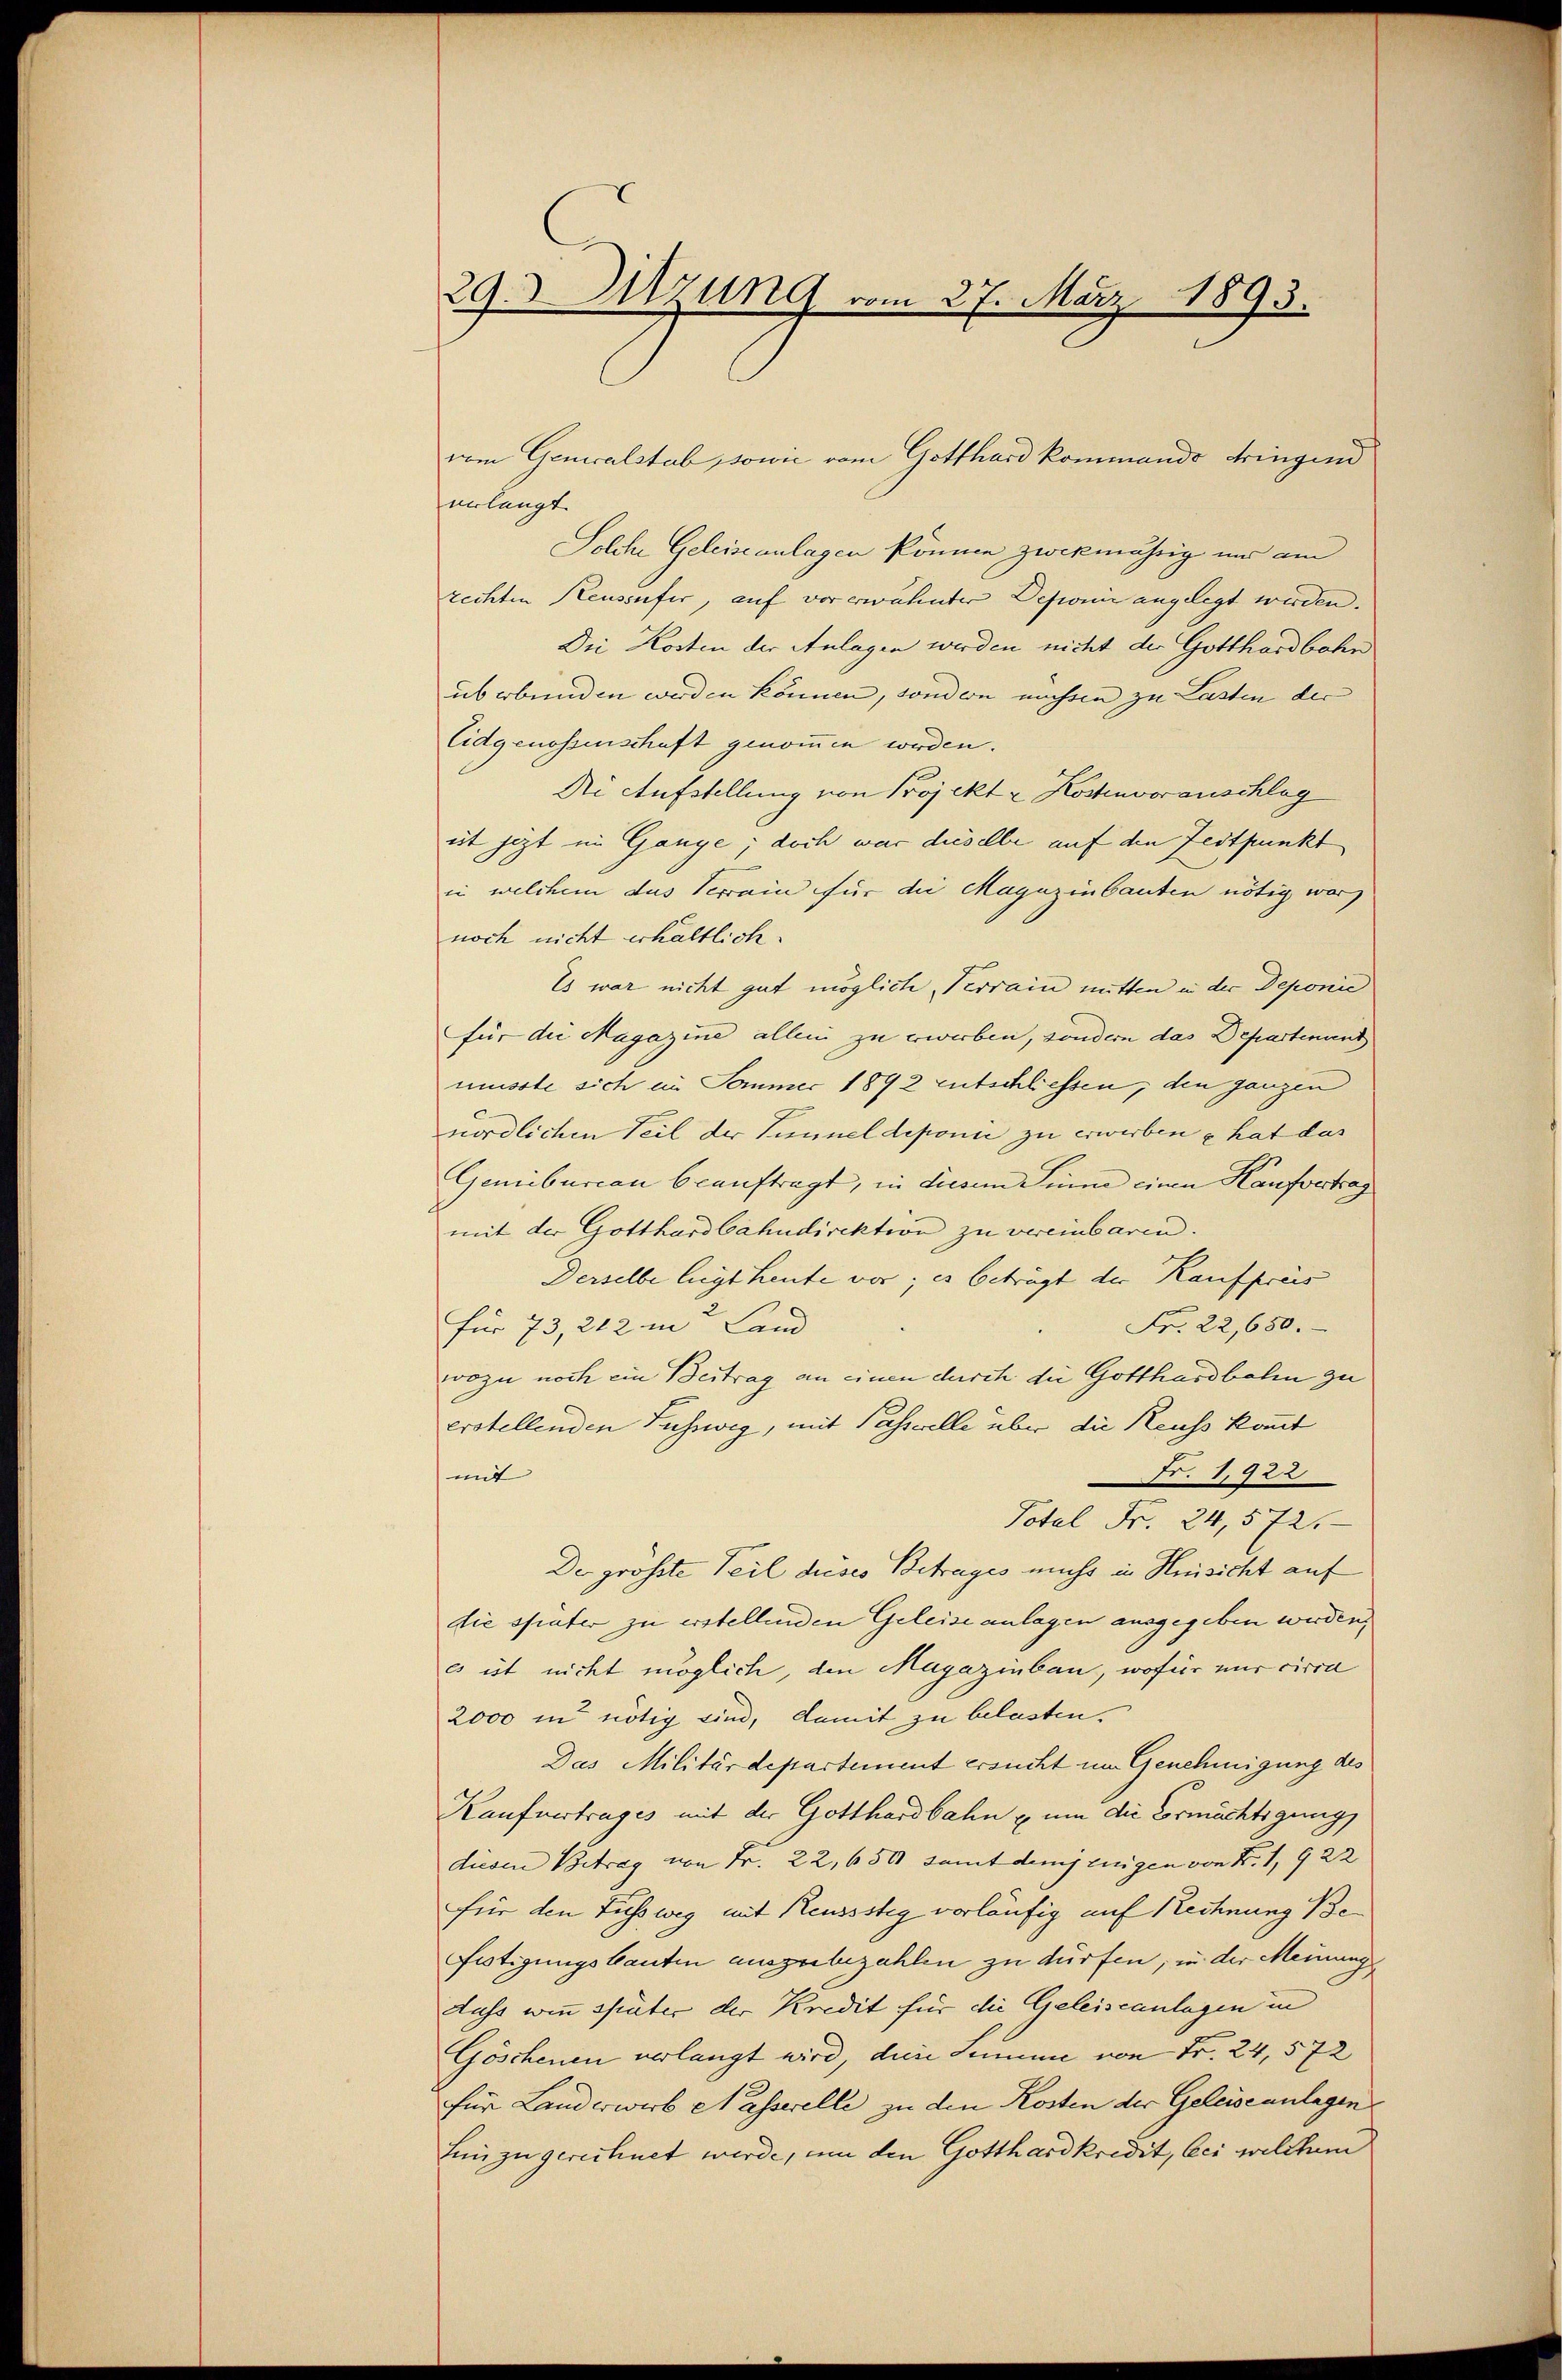
29. Sitzung vom 27. März 1893.

eelangt.
Solche Geleiseanlagen können zwekmährig und am
rechten Reussufer, auf vor erwähnter Deponie angelegt werden.
Die Kosten der Anlagen werden nicht der Gotthardbahn
überbunden werden können, sondern müssen zu Lasten der
Eidgenossenschaft genommen werden.
Die Aufstellung von Projekt u Kostenvoranschlag
it jetzt in Gange; doch war dieselbe auf den Festpunkt
in welchem das Verrain für die Magazinbauten nötig war,
noch nicht erhältlich.
Es war nicht gut mögliche Verrain mitten in der Deponie
für die Magazine allein zu erwerben, sondern das Departenant
müsste sich in Sommer 1892 entschliessen, den ganzen
nördlichen Teil der Tunnel deponie zu erwerben u. hat das
Gemibureau beauftragt, in diesem Sinne einen Kaufvertrag
mit der Gotthardbahndirektion zu vereinbaren.
Derselbe liegt heute vor; es beträgt der Kaufpreis
Fr. 22,650.
für 73, 212 in Land
wozu noch ein Beitrag an einen durch die Gotthardbahn zu
erstellenden Fussweg, mit Passerelle über die Reuss kommt
Fr. 1922
mit
Total Fr. 24, 572.
Der grösste Teil dieses Betrages muss in Hinsicht auf
die später zu erstellenden Geleise anlagen ausgegeben werden,
es ist nicht möglich, den Magazinbau, wofür nur circa
2000 in nötig sind, damit zu belasten.
Das Militärdepartement ersucht im Genehmigung des
Kaufvertrages mit der Gotthardbahn u. um die Ermächtigung
diesen Betrag von Fr. 22, 650 samt demjenigen von Fr. 1, 922
für den Fussweg mit Reussstig vorläufig auf Rechnung Be¬
Fistigungsbauten auszubezahlen zu dürfen, in der Meinung
Auss wie später der Kredit für die Geleiseanlagen in
Göschenen verlangt wird, diese Summe von Fr. 24, 572
für Landerwerb dasserelle zu den Kosten der Geleiseanlagen
Ein zu gerechnet werde, um den Gotthardkredit, bei welchem

vom Generalstab, sowie vom Gotthard kommando dringend